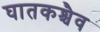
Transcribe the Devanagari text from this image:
घातकश्चैव